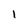
Character: I